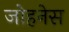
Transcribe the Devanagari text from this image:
जोहनेस